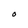
Character: O